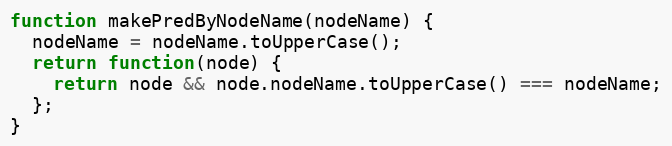
Language: JavaScript
function makePredByNodeName(nodeName) {
  nodeName = nodeName.toUpperCase();
  return function(node) {
    return node && node.nodeName.toUpperCase() === nodeName;
  };
}